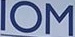
IOM